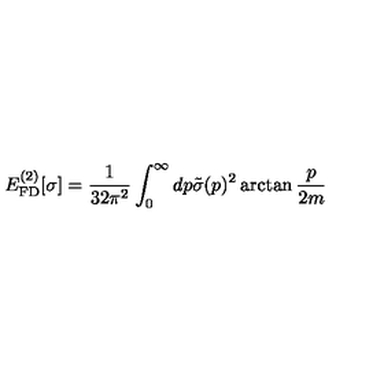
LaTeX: E _ { \mathrm { F D } } ^ { ( 2 ) } [ \sigma ] = \frac { 1 } { 3 2 \pi ^ { 2 } } \int _ { 0 } ^ { \infty } d p \tilde { \sigma } ( p ) ^ { 2 } \arctan \frac { p } { 2 m }